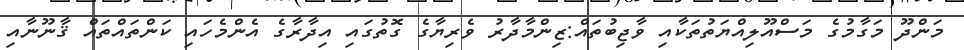
މަންދޫ މަގާމުގެ މަސްއޫލިއްޔަތުތަކާއި ވާޖިބުތައް:ޒިންމާދާރު ވެރިޔާގެ ގޮތުގައި އިދާރާގެ އެންމެހައި ކަންތައްތައް ޤާނޫނާއި